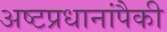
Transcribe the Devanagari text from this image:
अष्टप्रधानांपैकी